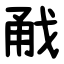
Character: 㦷